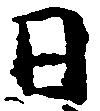
日